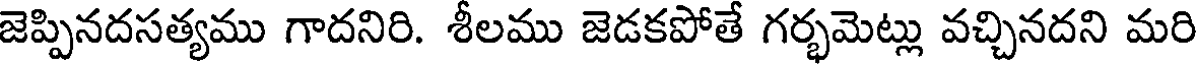
జెప్పినదసత్యము గాదనిరి. శీలము జెడకపోతే గర్భమెట్లు వచ్చినదని మరి